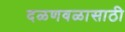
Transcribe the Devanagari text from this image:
दळणवळासाठी